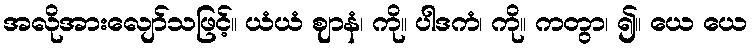
အလိုအားလျော်သဖြင့်။ ယံယံ ဈာနံ၊ ကို။ ပါဒကံ၊ ကို။ ကတွာ၊ ၍။ ယေ ယေ